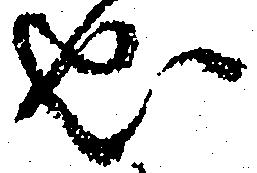
成